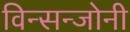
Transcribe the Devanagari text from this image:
विन्सन्जोनी